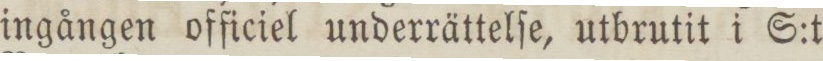
ingången officiel underrättelſe, utbrutit i S:t